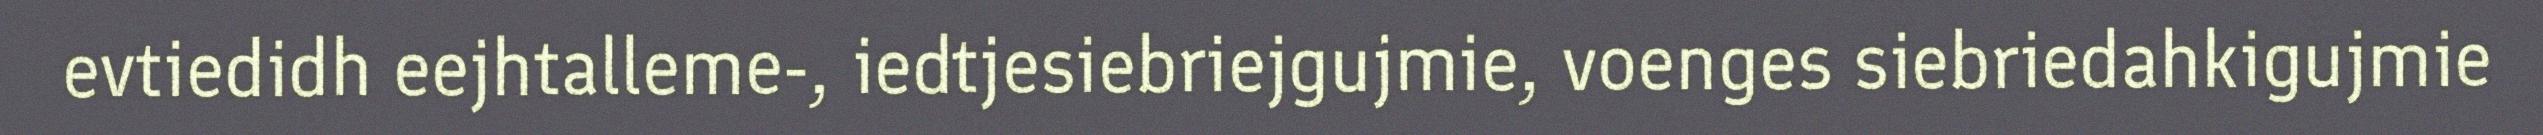
evtiedidh eejhtalleme-, iedtjesiebriejgujmie, voenges siebriedahkigujmie